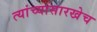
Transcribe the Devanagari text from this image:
त्यांच्यासारखेच